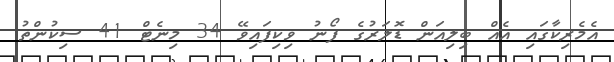
އެމެރިކާގައި އެއް ބިލިއަން ޑޮލަރުގެ ފޯނު ވިކިފައިވޭ 34 މިނެޓް 41 ސިކުންތު